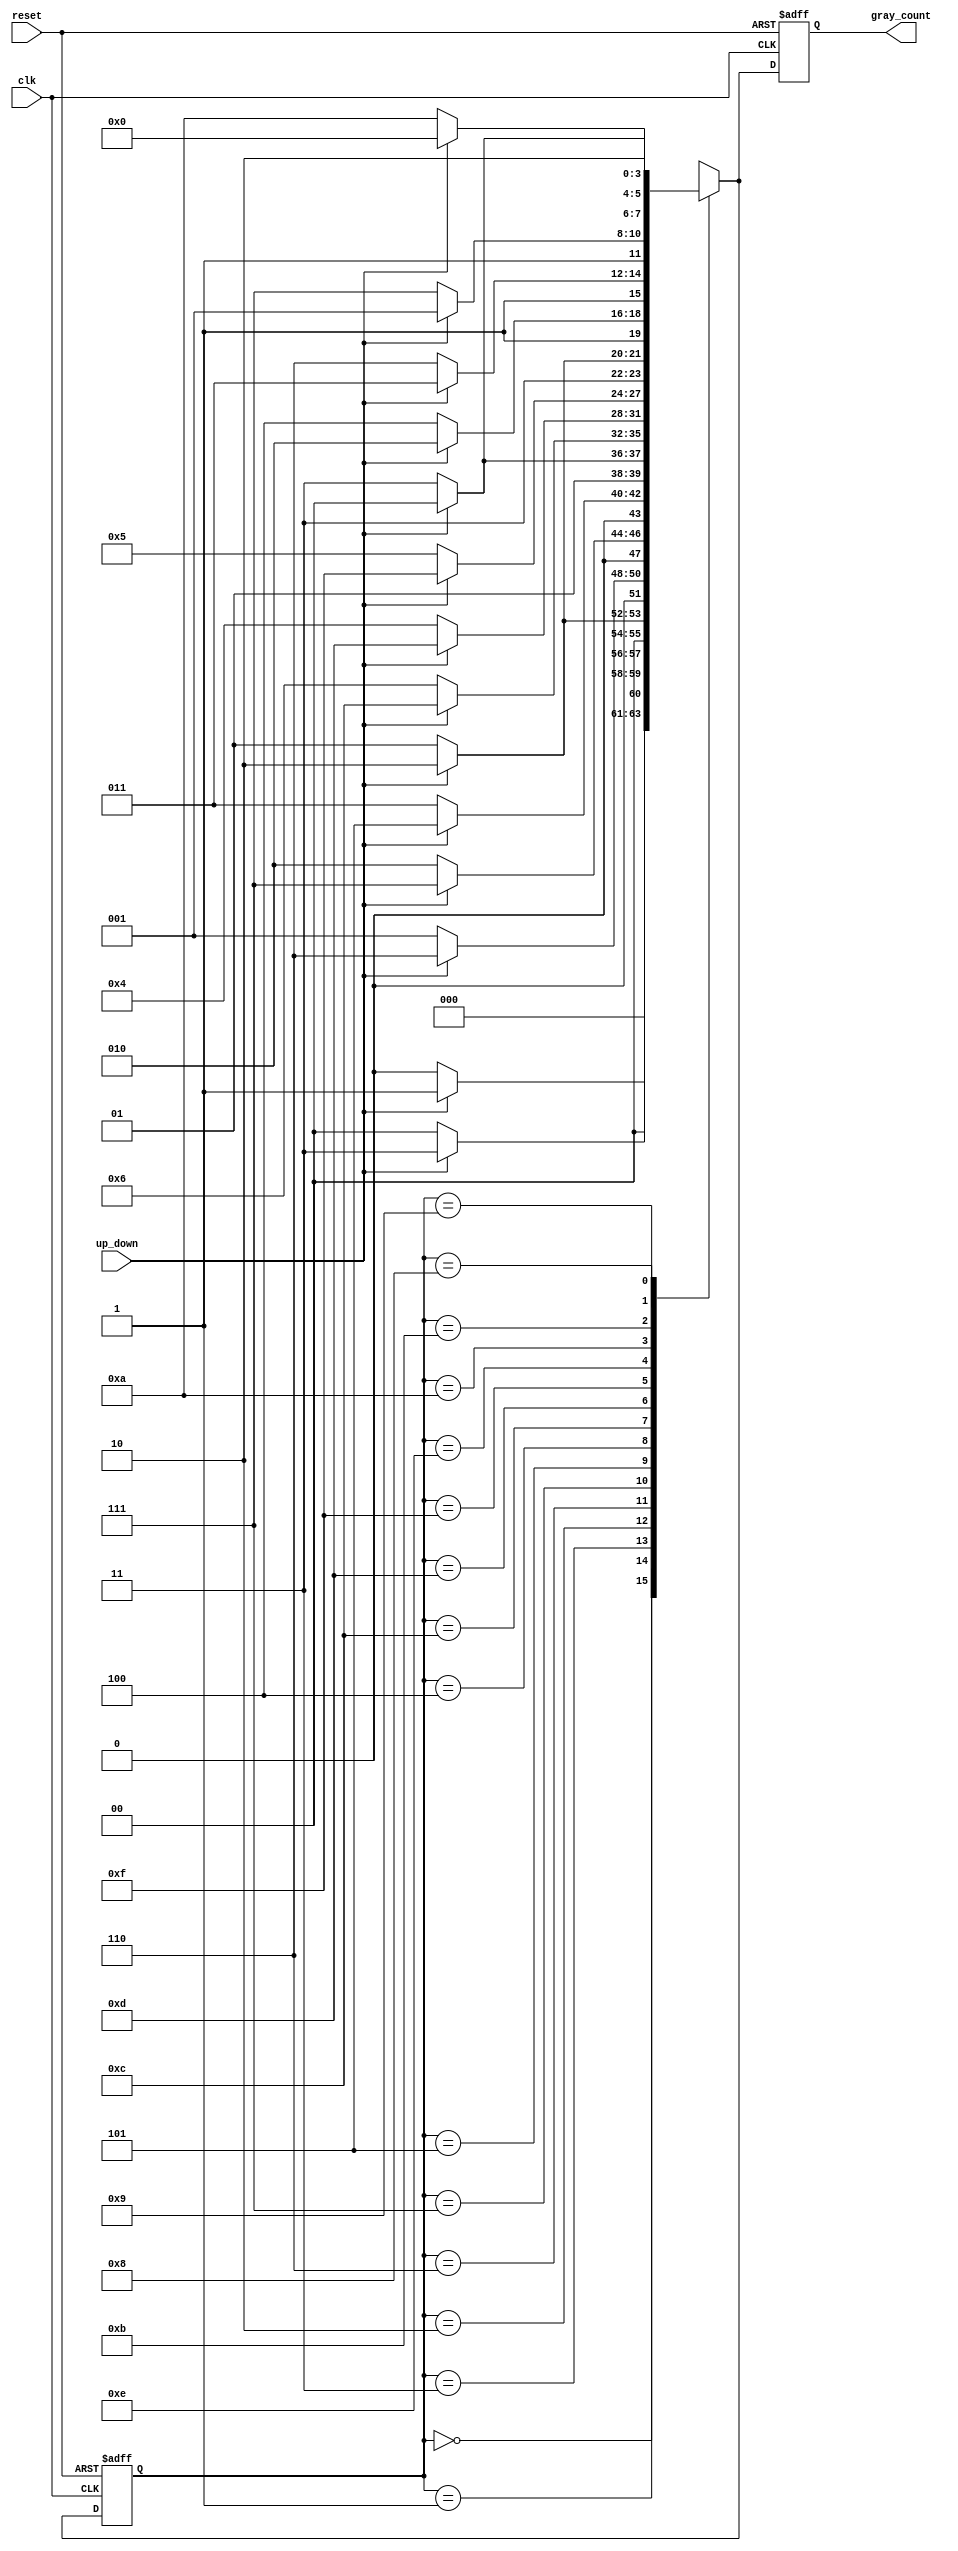
module up_down_gray_counter (
    input wire clk,
    input wire reset,
    input wire up_down, 
    output reg [3:0] gray_count
);

reg [3:0] next_state, current_state;

parameter UP = 1'b1;
parameter DOWN = 1'b0;

always @(posedge clk or posedge reset) begin
    if (reset)
        current_state <= 4'b0000;
    else
        current_state <= next_state;
end

always @* begin
    next_state = current_state;
    case (current_state)
        4'b0000: if (up_down == UP) next_state = 4'b0001; else next_state = 4'b0000;
        4'b0001: if (up_down == UP) next_state = 4'b0011; else next_state = 4'b0000;
        4'b0011: if (up_down == UP) next_state = 4'b0010; else next_state = 4'b0001;
        4'b0010: if (up_down == UP) next_state = 4'b0110; else next_state = 4'b0001;
        4'b0110: if (up_down == UP) next_state = 4'b0111; else next_state = 4'b0010;
        4'b0111: if (up_down == UP) next_state = 4'b0101; else next_state = 4'b0011;
        4'b0101: if (up_down == UP) next_state = 4'b0100; else next_state = 4'b0111;
        4'b0100: if (up_down == UP) next_state = 4'b1100; else next_state = 4'b0110;
        4'b1100: if (up_down == UP) next_state = 4'b1101; else next_state = 4'b0100;
        4'b1101: if (up_down == UP) next_state = 4'b1111; else next_state = 4'b0101;
        4'b1111: if (up_down == UP) next_state = 4'b1110; else next_state = 4'b1101;
        4'b1110: if (up_down == UP) next_state = 4'b1010; else next_state = 4'b1100;
        4'b1010: if (up_down == UP) next_state = 4'b1011; else next_state = 4'b1110;
        4'b1011: if (up_down == UP) next_state = 4'b1001; else next_state = 4'b1111;
        4'b1001: if (up_down == UP) next_state = 4'b1000; else next_state = 4'b1011;
        4'b1000: if (up_down == UP) next_state = 4'b0000; else next_state = 4'b1010;
        default: next_state = 4'b0000;
    endcase
end

always @(posedge clk or posedge reset) begin
    if (reset)
        gray_count <= 4'b0000;
    else
        gray_count <= next_state;
end

endmodule